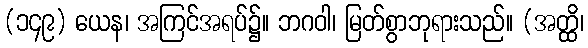
(၁၄၉) ယေန၊ အကြင်အရပ်၌။ ဘဂဝါ၊ မြတ်စွာဘုရားသည်။ (အတ္ထိ၊